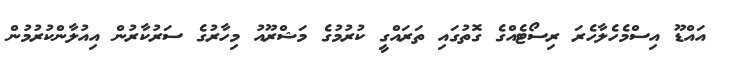
އައްޑޫ އިސްމެހެލާހެރަ ރިސޯޓެއްގެ ގޮތުގައި ތަރައްގީ ކުރުމުގެ މަޝްރޫއު މިހާރުގެ ސަރުކާރުން އިއުލާންކުރުމުން